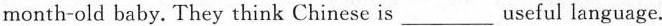
month-old baby. They think Chinese is ___ useful language.